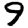
Digit: 9